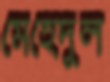
মেহেদুল